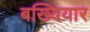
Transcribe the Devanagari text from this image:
बख्यियार